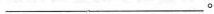
____.